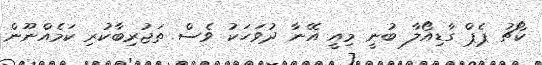
ކޯޗު ޕެޕް ގާޑިއޯލާ ބުނީ މިއީ އޭނާ ދުވަހަކު ވެސް ތަޖުރިބާކުރި ކަމެއްނޫން